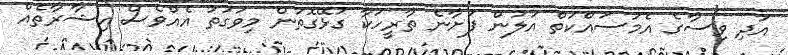
އަދި ވިސާގެ އެމަސައްކަތް އަލުން ފަށާނެ ތާރީހަކާ ގުޅޭގޮތުން މިވަގުތު އެއްވެސް އިޝާރާތެއް